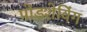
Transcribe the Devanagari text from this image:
पोडशेविंग